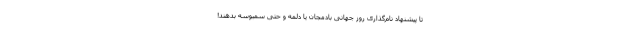
تا پیشنهاد نام‌گذاری روز جهانی بادمجان یا دلمه و حتی سمبوسه بدهند!